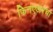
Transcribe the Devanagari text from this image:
फिनएअरचा